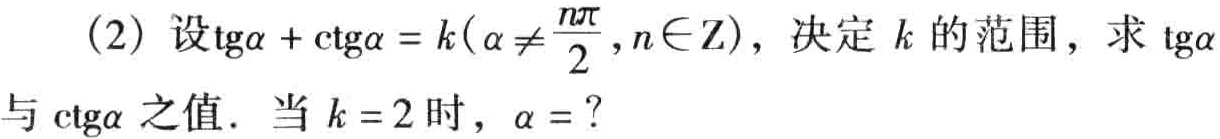
(2) 设\(\tan\alpha+\cot\alpha = k(\alpha\neq\frac{n\pi}{2},n\in\mathbf{Z})\)，决定 \(k\) 的范围，求 \(\tan\alpha\)与\(\cot\alpha\)之值. 当 \(k = 2\) 时，\(\alpha =\)？